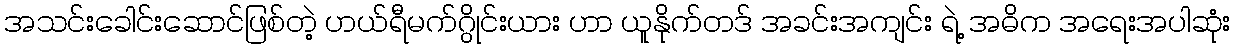
အသင်းခေါင်းဆောင်ဖြစ်တဲ့ ဟယ်ရီမက်ဂွိုင်းယား ဟာ ယူနိုက်တဒ် အခင်းအကျင်း ရဲ့ အဓိက အရေးအပါဆုံး